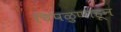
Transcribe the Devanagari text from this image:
चिपळुणाहून